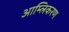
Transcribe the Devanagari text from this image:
आम्लिकरण